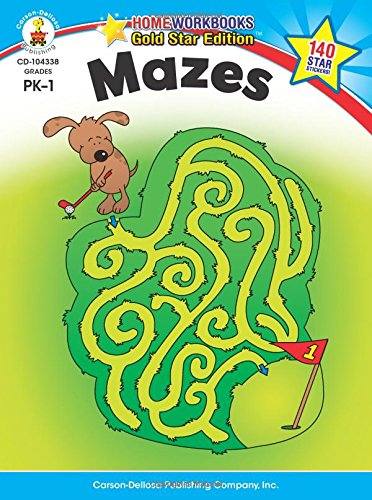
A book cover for Mazes, Grades PK - 1: Gold Star Edition (Home Workbooks); Children's Books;